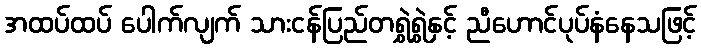
အထပ်ထပ် ပေါက်လျက် သားငန်ပြည်တရွှဲရွှဲနှင့် ညီဟောင်ပုပ်နံနေသဖြင့်